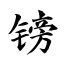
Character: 镑